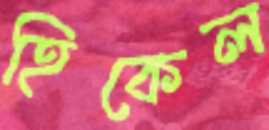
হিকেল